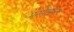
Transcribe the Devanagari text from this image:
भाष्पीभवन